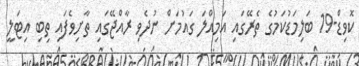
ކޮވިޑް-19 ބަލިމަޑުކަމުގެ ތެރޭގައި އަމިއްލަ ގައުމަށް ނުދެވި ރާއްޖޭގައި ތާށިވެފައި ތިބި އިޓަލީ